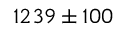
1 2 3 9 \pm 1 0 0